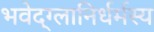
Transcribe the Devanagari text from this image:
भवेद्‌ग्लानिर्धर्मस्य